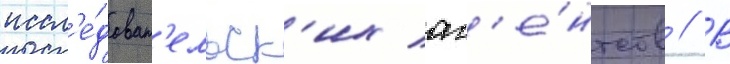
иссл'е́доват'ельск'их аг'е́нтств // В